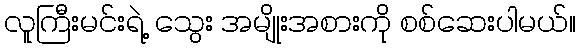
လူကြီးမင်းရဲ့ သွေး အမျိုးအစားကို စစ်ဆေးပါမယ်။